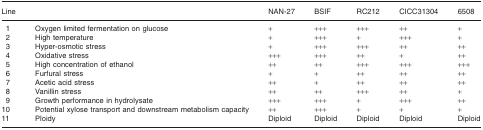
<table><thead><tr><td><b>Line</b></td><td></td><td><b>NAN-27</b></td><td><b>BSIF</b></td><td><b>RC212</b></td><td><b>CICC31304</b></td><td><b>6508</b></td></tr></thead><tbody><tr><td> 1</td><td>Oxygen limited fermentation on glucose</td><td>+</td><td>+++</td><td>+++</td><td>++</td><td>+</td></tr><tr><td> 2</td><td>High temperature</td><td>+</td><td>+++</td><td>+</td><td>+++</td><td>+</td></tr><tr><td> 3</td><td>Hyper-osmotic stress</td><td>+</td><td>+++</td><td>+++</td><td>++</td><td>++</td></tr><tr><td> 4</td><td>Oxidative stress</td><td>+++</td><td>+++</td><td>++</td><td>+</td><td>++</td></tr><tr><td> 5</td><td>High concentration of ethanol</td><td>++</td><td>++</td><td>+++</td><td>+++</td><td>+++</td></tr><tr><td> 6</td><td>Furfural stress</td><td>+</td><td>+</td><td>++</td><td>++</td><td>++</td></tr><tr><td> 7</td><td>Acetic acid stress</td><td>++</td><td>+</td><td>++</td><td>++</td><td>++</td></tr><tr><td> 8</td><td>Vanillin stress</td><td>++</td><td>++</td><td>+++</td><td>++</td><td>+</td></tr><tr><td> 9</td><td>Growth performance in hydrolysate</td><td>+++</td><td>+++</td><td>+</td><td>+++</td><td>++</td></tr><tr><td>10</td><td>Potential xylose transport and downstream metabolism capacity</td><td>++</td><td>+++</td><td>+</td><td>+</td><td>+</td></tr><tr><td>11</td><td>Ploidy</td><td>Diploid</td><td>Diploid</td><td>Diploid</td><td>Diploid</td><td>Diploid</td></tr></tbody></table>